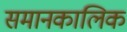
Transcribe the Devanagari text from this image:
समानकालिक